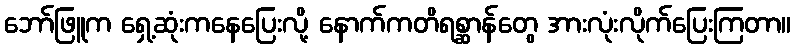
ဘော်ဖြူက ရှေ့ဆုံးကနေပြေးလို့ နောက်ကတိရစ္ဆာန်တွေ အားလုံးလိုက်ပြေးကြတာ။